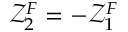
\mathcal { Z } _ { 2 } ^ { F } = - \mathcal { Z } _ { 1 } ^ { F }